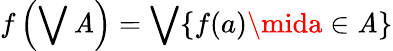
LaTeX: f\left(\bigvee\mathit{A}\right)=\bigvee\{ f(a)\mida\in\mathit{A}\}